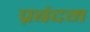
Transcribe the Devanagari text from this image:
प्रबंदम